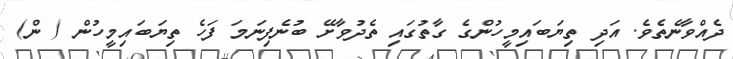
ދެއްވާނެތެވެ. އަދި ތިޔަބައިމީހުންގެ ގާތުގައި ތެދުވާށޭ ބުނެފިނަމަ ފަހެ ތިޔަބައިމީހުން ( ން)